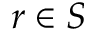
r \in S